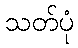
သတ်ပုံ